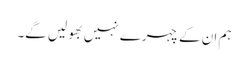
ہم ان کے چہرے نہیں بھولیں گے۔